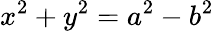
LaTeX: x^{2}+y^{2}=a^{2}-b^{2}